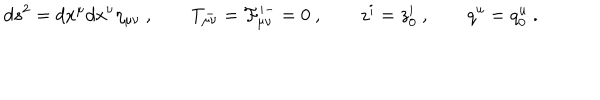
LaTeX: d s ^ { 2 } = d x ^ { \mu } d x ^ { \nu } \eta _ { \mu \nu } \ , \qquad T _ { \mu \nu } ^ { - } = { \cal F } _ { \mu \nu } ^ { i - } = 0 \ , \qquad z ^ { i } = z _ { 0 } ^ { i } \ , \qquad q ^ { u } = q _ { 0 } ^ { u } \ .